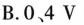
B.0、4V